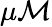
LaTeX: \mu\mathcal{M}